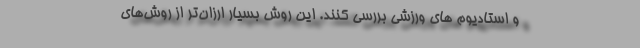
و استادیوم های ورزشی بررسی کنند. این روش بسیار ارزان‌تر از روش‌های